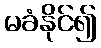
မခံနိုင်၍